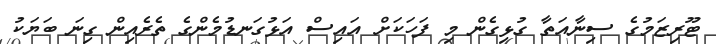
ޓޫރިޒަމުގެ ސިނާއަތާ ގުޅިގެން މި ފަހަކަށް އައިސް އަޅުގަނޑުމެންގެ ތެރެއިން ގިނަ ބަޔަކު